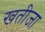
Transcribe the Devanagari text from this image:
खतीजा